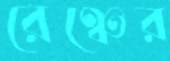
রেঞ্চের